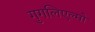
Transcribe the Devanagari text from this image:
गुगलिएल्मो